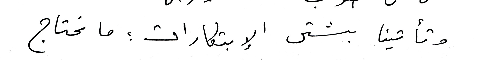
وتأتينا بشتى الإبتكارات؛ ما نحتاج